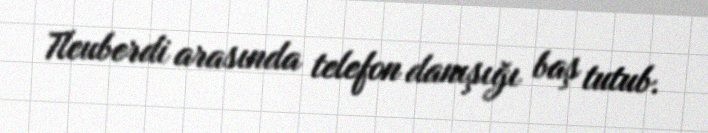
Tleuberdi arasında telefon danışığı baş tutub.